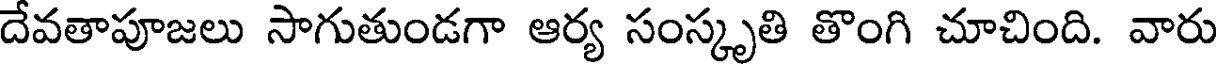
దేవతాపూజలు సాగుతుండగా ఆర్య సంస్కృతి తొంగి చూచింది. వారు